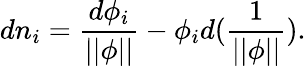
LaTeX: dn_{i}=\frac{d\phi_{i}}{||\phi||}-\phi_{i}d({\frac 1{||\phi||}}).